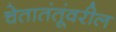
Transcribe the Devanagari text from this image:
चेतातंतूंवरील